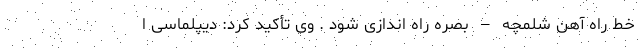
خط راه آهن شلمچه – بصره راه اندازی شود . وی تأکید کرد: دیپلماسی ا